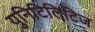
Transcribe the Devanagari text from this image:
युनिटिलिटिज